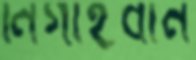
নিগাহবান